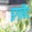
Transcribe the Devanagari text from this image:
इगाबैट